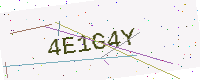
Text: 4E1G4Y